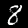
Label: 8